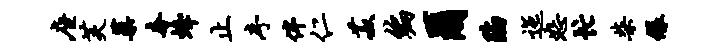
座芙蕖奢蜂止序伴仁菽编尔陷迤恕忙柴绿